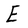
Character: E